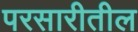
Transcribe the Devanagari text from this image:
परसारीतील